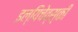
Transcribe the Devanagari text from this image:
इल्यिचेव्स्की